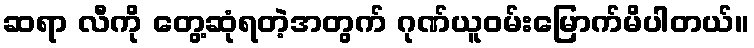
ဆရာ လီကို တွေ့ဆုံရတဲ့အတွက် ဂုဏ်ယူဝမ်းမြောက်မိပါတယ်။